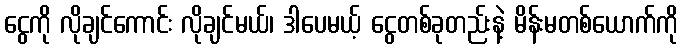
ငွေကို လိုချင်ကောင်း လိုချင်မယ်၊ ဒါပေမယ့် ငွေတစ်ခုတည်းနဲ့ မိန်းမတစ်ယောက်ကို